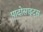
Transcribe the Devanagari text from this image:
पादोसाइट्स